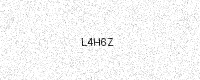
Text: L4H6Z